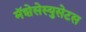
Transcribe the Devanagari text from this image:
मॅशेसेस्युसेटस